Lunatic asylums Madras 1892-1911 - 1892-1911
Year: 1892
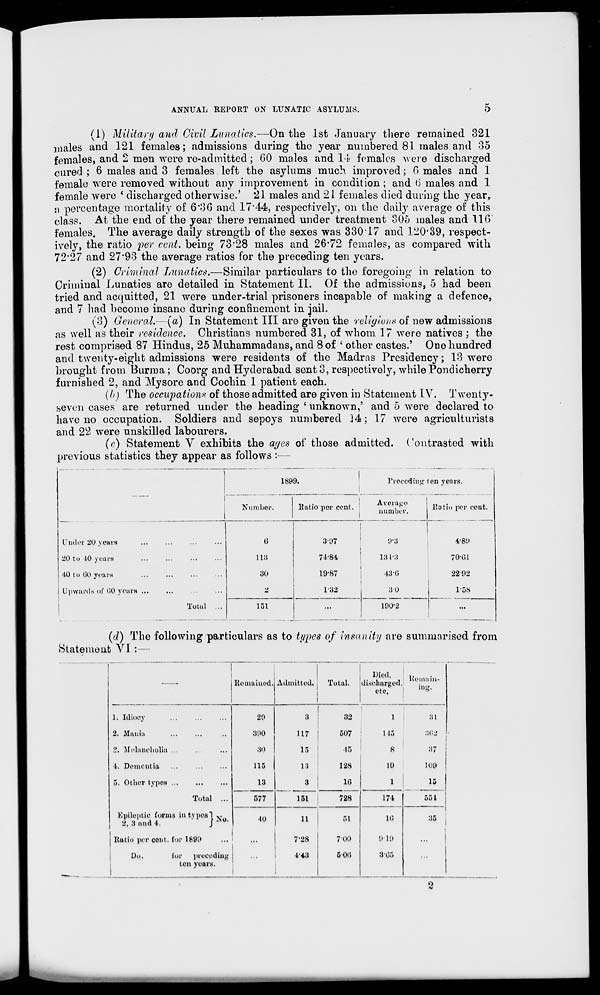
ANNUAL REPORT ON LUNATIC ASYLUMS.
5
(1) Military and Civil Lunatics.—On the 1st January there remained 321
males and 121 females; admissions during the year numbered 81 males and 35
females, and 2 men were re-admitted; 60 males and 14 females were discharged
cured ; 6 males and 3 females left the asylums much improved; 6 males and 1
female were removed without any improvement in condition; and 6 males and 1
female were ' discharged otherwise.' 21 males and 21 females died during the year,
a percentage mortality of 6*36 and 17*44, respectively, on the daily average of this
class. At the end of the year there remained under treatment 305 males and 110
females. The average daily strength of the sexes was 330'17 and 120*89, respect-
ively, the ratio pev cent, being 73*28 males and 26*72 females, as compared with
72*27 and 27*93 the average ratios for the preceding ten years.
(2) Criminal Lunatics.—Similar particulars to the foregoing in relation to
Criminal Lunatics are detailed in Statement II. Of the admissions, 5 had been
tried and acquitted, 21 were under-trial prisoners incapable of making a defence,
and 7 had become insane during confinement in jail.
(3) General.—(a) In Statement III are given the 'religion* of new admissions
as well as their residence. Christians numbered 31, of whom 17 were natives ; the
rest comprised 87 Hindus, 25 Muhammadans, and 8 of * other castes.' One hundred
and twenty-eight admissions were residents of the Madras Presidency; 13 were
brought from Burma ; Coorg and Hyderabad sent 3, respectively, while Pondicherry
furnished 2, and Mysore and Cochin 1 patient each.
(b) The occupations of those admitted are given in Statement IV. Twenty-
seven cases are returned under the heading ' unknown,' and 5 were declared to
have no occupation. Soldiers and sepoys numbered J4; 17 were agriculturists
and 22 were unskilled labourers.
(c) Statement V exhibits the ayes of those admitted. Contrasted with
previous statistics they appear as follows :—
Under 20 years
20 to 10 years
40 to Go years
Upwards of GO yours
Total
Number.
1899.
1
Preceding
Average
number.
en years.
Ratio per cent:. 1
Katio per cent.
6
3-97
9*8
4-80
118
71-84
13 1*3
70G1
30
19-87
430
2292
2
1-32
30
1'58
151
...
190-2
...
(d) The following particulars as to types of insanity are summarised from
Statement VI:—
Died.
Remained. Admitted.
Total.
discharged,
etc.
hemain-
ing.
1. Idiocy
29
3
32
1
31
2. Mania
390
117
507
115
.•»<;_'
2. Melancholia
30
15
15
8
37
4. Dementia
115
13
128
19
109
5. Other types
13
3
1G
1
15
Total ...
Epileptic forms in typos! v
2, 3 and 4.
j Ao '
577
151
728
174
551
40
11
51
10
35
Ratio per cont. for 1899
...
7'28
7-00
O'lO
...
|
Do.
for
preceding
4-43
500
8'Qfi
...
ten years.